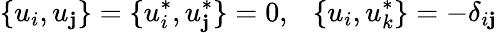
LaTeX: \{ u_{i},u_{\mathbf{j}}\} =\{ u_{i}^{*},u_{\mathbf{j}}^{*}\} =0,~~~\{ u_{i},u_{k}^{*}\} =-\delta_{i\mathbf{j}}